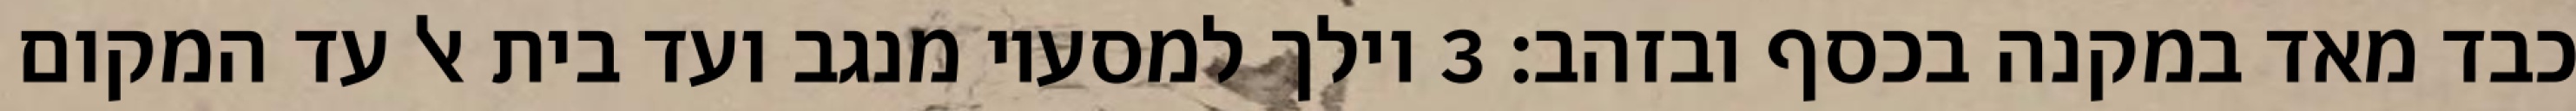
כבד מאד במקנה בכסף ובזהב׃ ‎3‏ וילך למסעיו מנגב ועד בית אל עד המקום